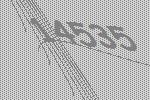
14535